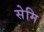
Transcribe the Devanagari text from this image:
सेमि